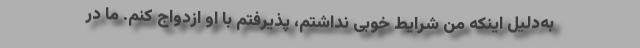
به‌دلیل اینکه من شرایط خوبی نداشتم، پذیرفتم با او ازدواج کنم. ما در